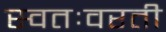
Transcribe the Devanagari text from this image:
स्वतःवरती